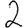
Digit: 2